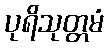
ပုရိသုတ္တမံ